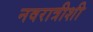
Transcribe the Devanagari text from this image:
नवरात्रीशी